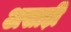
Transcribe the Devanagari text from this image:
असाढ़ी